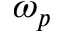
\omega _ { p }